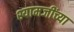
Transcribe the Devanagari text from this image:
श्यामजींच्या